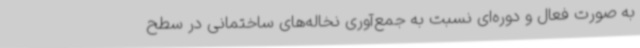
به صورت فعال و دوره‌ای نسبت به جمع‌آوری نخاله‌های ساختمانی در سطح